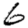
Digit: 6